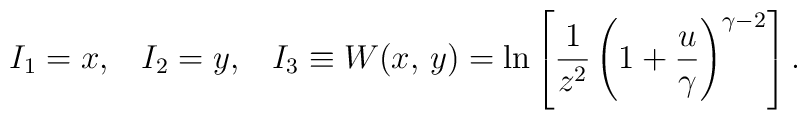
I_1=x,\;\;\;I_2=y,\;\;\;I_3\equiv W(x,\,y)=\ln\left[{1\over{z^2}}\left(1+{u\over\gamma}\right)^{\gamma-2}\right].